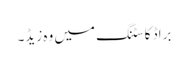
براڈ کاسٹنگ میں وہ زیڈ۔